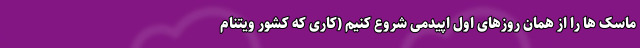
ماسک ها را از همان روزهای اول اپیدمی شروع کنیم (کاری که کشور ویتنام